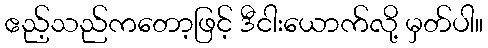
ဧည့်သည်ကတော့ဖြင့် ဒီငါးယောက်လို့ မှတ်ပါ။